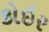
કોઇર